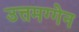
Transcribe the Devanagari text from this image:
उत्तमग्गेन